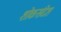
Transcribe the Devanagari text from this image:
शोकसंदेश